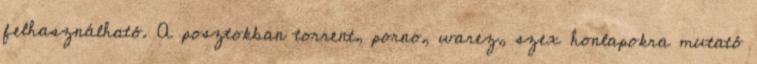
felhasználható. A posztokban torrent, porno, warez, szex honlapokra mutató